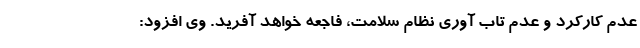
عدم کارکرد و عدم تاب آوری نظام سلامت، فاجعه خواهد آفرید. وی افزود: